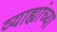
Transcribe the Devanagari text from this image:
व्याह्यांच्या